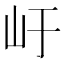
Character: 𭖂